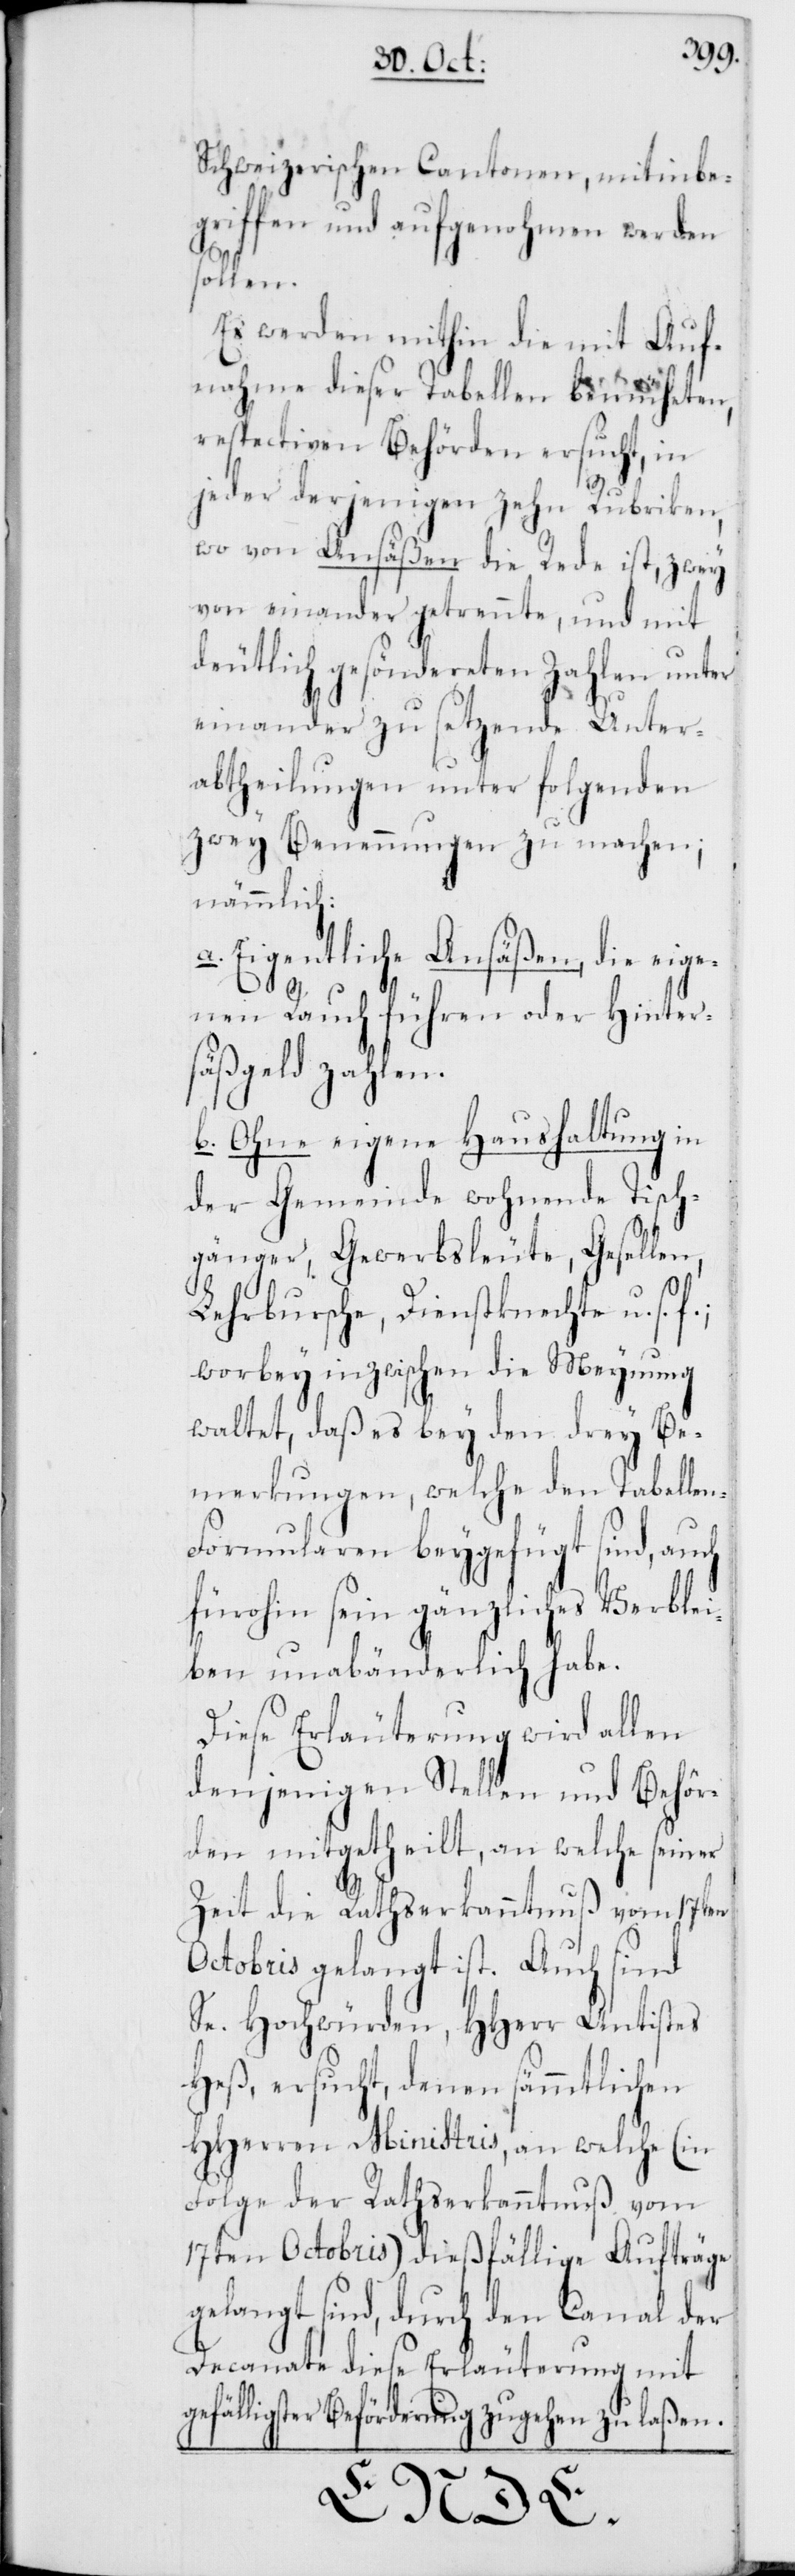
ge¬
Schweizerischen Cantonen, mitinbe¬
griffen und aufgenohmen werden
sollen.
Es werden mithin die mit Auf¬
nahme dieser Tabellen bemüheten,
respectiven Behörden ersucht, in
jeder derjenigen zehn Rubriken,
wo von Ansäßen die Rede ist, zwey
voneinander getrennte, und mit
deutlich gesöndereten Zahlen unter
einander zu setzende Unter¬
abtheilungen unter folgenden
zwey Benennungen zu machen;
nämmlich:
a. Eigentliche Ansäßen, die eige¬
nen Rauch führen oder Hinter¬
säßgeld zahlen.
b. Ohne eigene Haushaltung in
der Gemeinde wohnende Tisch¬
gänger, Gewerbsleute, Gesellen,
Lehrbursche, Dienstknechte u. s.
worbey inzwischen die Meynung
waltet, daß es bey den drey Be¬
merkungen, welche den Tabelle¬
n-Formularen beygefügt sind, auch
fürohin sein gänzliches Verblei¬
ben unabänderlich habe.
Diese Erläuterung wird allen
denjenigen Stellen und Behör¬
den mitgetheilt, an welche seiner
Zeit die Rathserkanntnuß vom 17ten
Octobris gelangt ist. Auch sind
Se. Hochwürden, HHerr Antistes
Heß, ersucht, denen sämmtlichen
HHerren Ministris, an welche (in
Folge der Rathserkanntnuß vom
17ten Octobris) dießfällige Aufträge
gelangt sind, durch den Canal der
Decanate diese Erläuterung mit
fälligster Beförderung zugehen zu laßen.